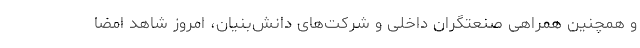
و همچنین همراهی صنعتگران داخلی و شرکت‌های دانش‌بنیان، امروز شاهد امضا